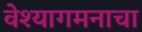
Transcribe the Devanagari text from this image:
वेश्यागमनाचा